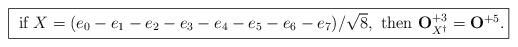
LaTeX: \begin{align*}\fbox{$\mbox{ if } X = (e_{0}- e_{1}- e_{2}- e_{3}- e_{4}- e_{5}- e_{6}-e_{7})/\sqrt{8},\mbox{ then } {\bf O}_{X^{\dagger}}^{+3} = {\bf O}^{+5}.$}\end{align*}